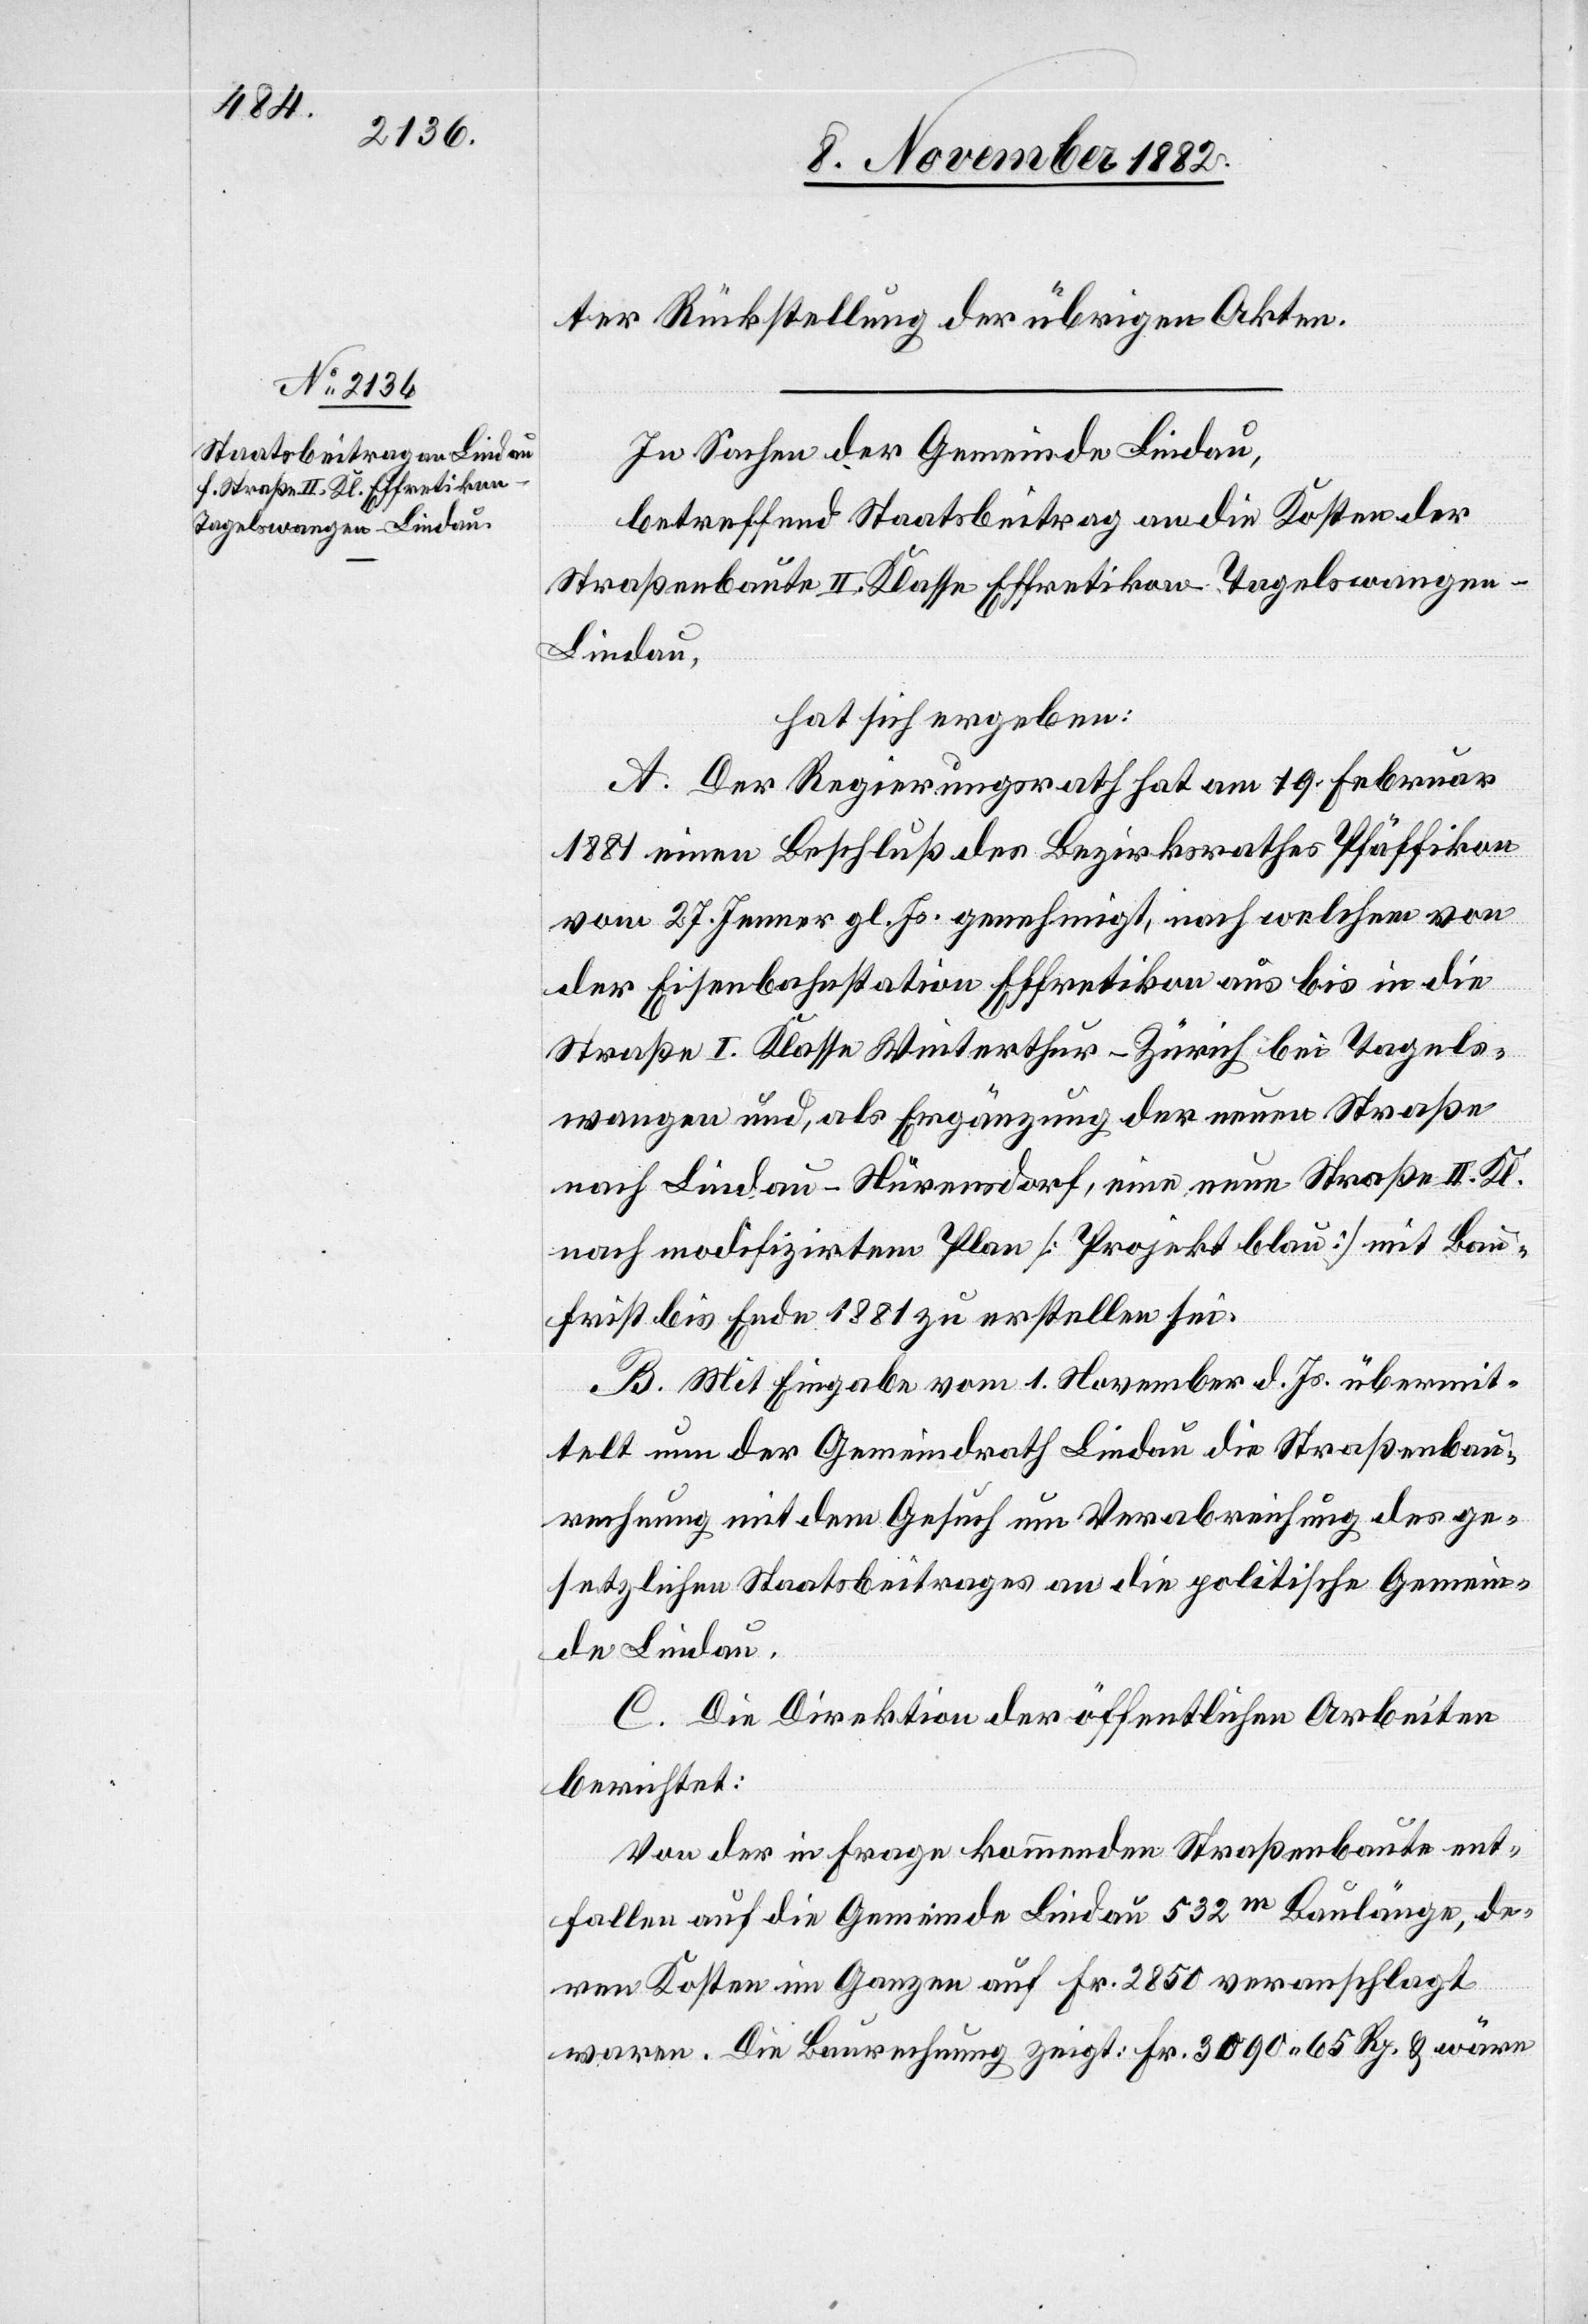
ter Rückstellung der übrigen Akten.
In Sachen der Gemeinde Lindau,
betreffend Staatsbeitrag an die Kosten der
Straßenbaute II. Klasse Effretikon–Tagelswange¬
n–Lindau,
hat sich ergeben:
A. Der Regierungsrath hat am 19. Februar
1881 einen Beschluß des Bezirksrathes Pfäffikon
vom 27. Jenner gl. Js. genehmigt, nach welchem von
der Eisenbahnstation Effretikon aus bis in die
Straße I. Klasse Winterthur–Zürich bei Tagels¬
wangen und, als Ergänzung der neuen Straße
nach Lindau–Nürensdorf, eine neue Straße II. Kl.
nach modifizirtem Plan [Projekt blau] mit Bau¬
frist bis Ende 1881 zu erstellen sei.
B. Mit Eingabe vom 1. November d. Js. übermit¬
telt nun der Gemeindrath Lindau die Straßenbau¬
rechnung mit dem Gesuch um Verabreichung des ge¬
setzlichen Staatsbeitrages an die politische Gemein¬
de Lindau.
C. Die Direktion der öffentlichen Arbeiten
berichtet:
Von der in Frage kommenden Straßenbaute ent¬
fallen auf die Gemeinde Lindau 532m Baulänge, de¬
ren Kosten im Ganzen auf Fr. 2850 veranschlagt
waren. Die Baurechnung zeigt: Fr. 3090 65 Rp. & wäre